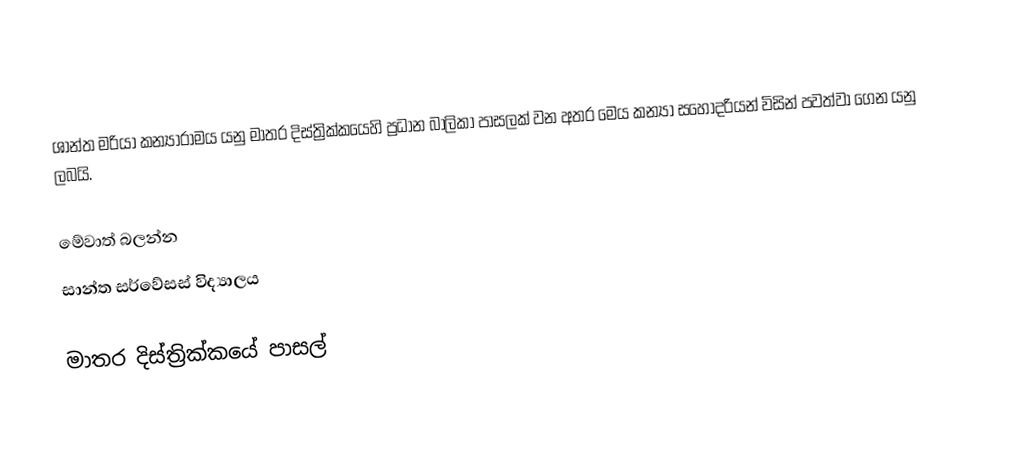
ශාන්ත මරියා කන්‍යාරාමය යනු මාතර දිස්ත්‍රික්කයෙහි ප්‍රධාන බාලිකා පාසලක් වන අතර මෙය කන්‍යා සහෝදරියන් විසින් පවත්වා ගෙන යනු ලබයි.

මේවාත් බලන්න
සාන්ත සර්වේසස් විද්‍යාලය

මාතර දිස්ත්‍රික්කයේ පාසල්